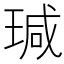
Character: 瑊